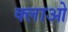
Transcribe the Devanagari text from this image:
क्लाओ